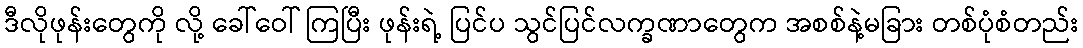
ဒီလိုဖုန်းတွေကို လို့ ခေါ်ဝေါ် ကြပြီး ဖုန်းရဲ့ ပြင်ပ သွင်ပြင်လက္ခဏာတွေက အစစ်နဲ့မခြား တစ်ပုံစံတည်း